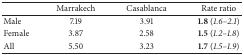
|  | Marrakech | Casablanca | Rate ratio |
 | --- | --- | --- | --- |
 | Male | 7.19 | 3.91 | 1.8 (1.6–2.1) |
 | Female | 3.87 | 2.58 | 1.5 (1.2–1.8) |
 | All | 5.50 | 3.23 | 1.7 (1.5–1.9) |